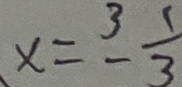
x = ^ { 3 } - \frac { 1 } { 3 }